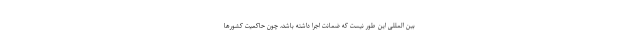
بین المللی این طور نیست که ضمانت اجرا داشته باشد، چون حاکمیت کشورها